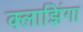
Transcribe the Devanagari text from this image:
क्लाझिंगा